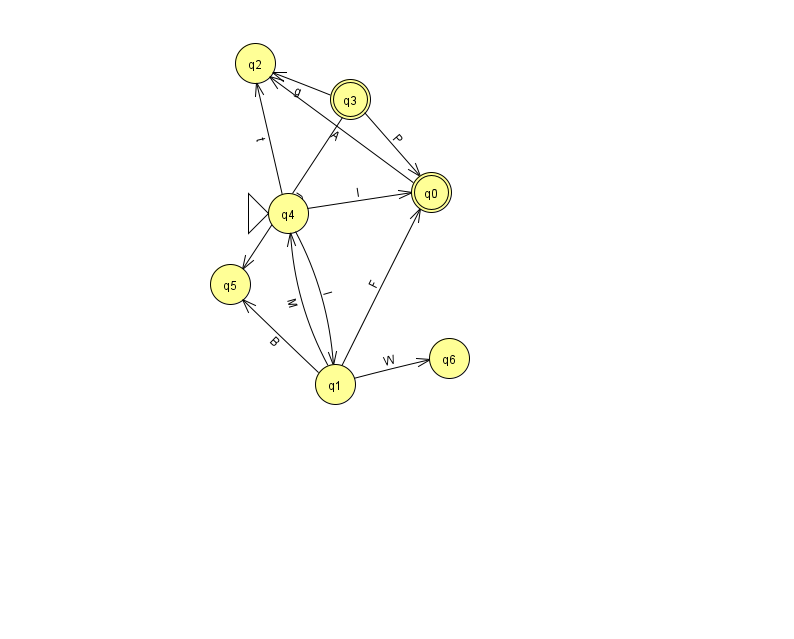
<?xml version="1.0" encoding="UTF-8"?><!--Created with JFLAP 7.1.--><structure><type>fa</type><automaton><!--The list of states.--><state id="0" name="q0"><x>431.0</x><y>179.0</y><final/></state><state id="1" name="q1"><x>335.0</x><y>371.0</y></state><state id="2" name="q2"><x>255.0</x><y>50.0</y></state><state id="3" name="q3"><x>350.0</x><y>86.0</y><final/></state><state id="4" name="q4"><x>288.0</x><y>200.0</y><initial/></state><state id="5" name="q5"><x>230.0</x><y>271.0</y></state><state id="6" name="q6"><x>449.0</x><y>345.0</y></state><!--The list of transitions.--><transition><from>4</from><to>0</to><read>I</read></transition><transition><from>3</from><to>5</to><read>U</read></transition><transition><from>1</from><to>6</to><read>W</read></transition><transition><from>3</from><to>0</to><read>P</read></transition><transition><from>4</from><to>2</to><read>t</read></transition><transition><from>3</from><to>2</to><read>g</read></transition><transition><from>0</from><to>2</to><read>A</read></transition><transition><from>1</from><to>0</to><read>F</read></transition><transition><from>1</from><to>5</to><read>B</read></transition><transition><from>4</from><to>1</to><read>l</read></transition><transition><from>1</from><to>4</to><read>M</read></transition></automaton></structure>